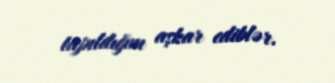
tapıldığını aşkar ediblər.